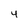
Character: 4